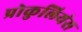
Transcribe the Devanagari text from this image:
प्रोकुलियंस